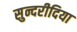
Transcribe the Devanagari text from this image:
सुन्दरीदिया